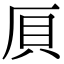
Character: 𠩠